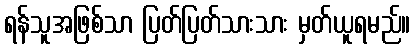
ရန်သူအဖြစ်သာ ပြတ်ပြတ်သားသား မှတ်ယူရမည်။